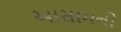
આસામનો